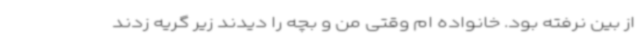
از بین نرفته بود. خانواده ام وقتی من و بچه را دیدند زیر گریه زدند